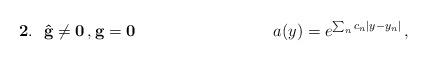
LaTeX: \begin{align*}\mathbf{2.\,\,\,\,\hat{g}\neq 0\, ,g=0}\hspace{3.5cm} a(y) = e^{\sum_{n}c_{n}|y-y_{n}|}\, ,\hspace{5cm}\end{align*}